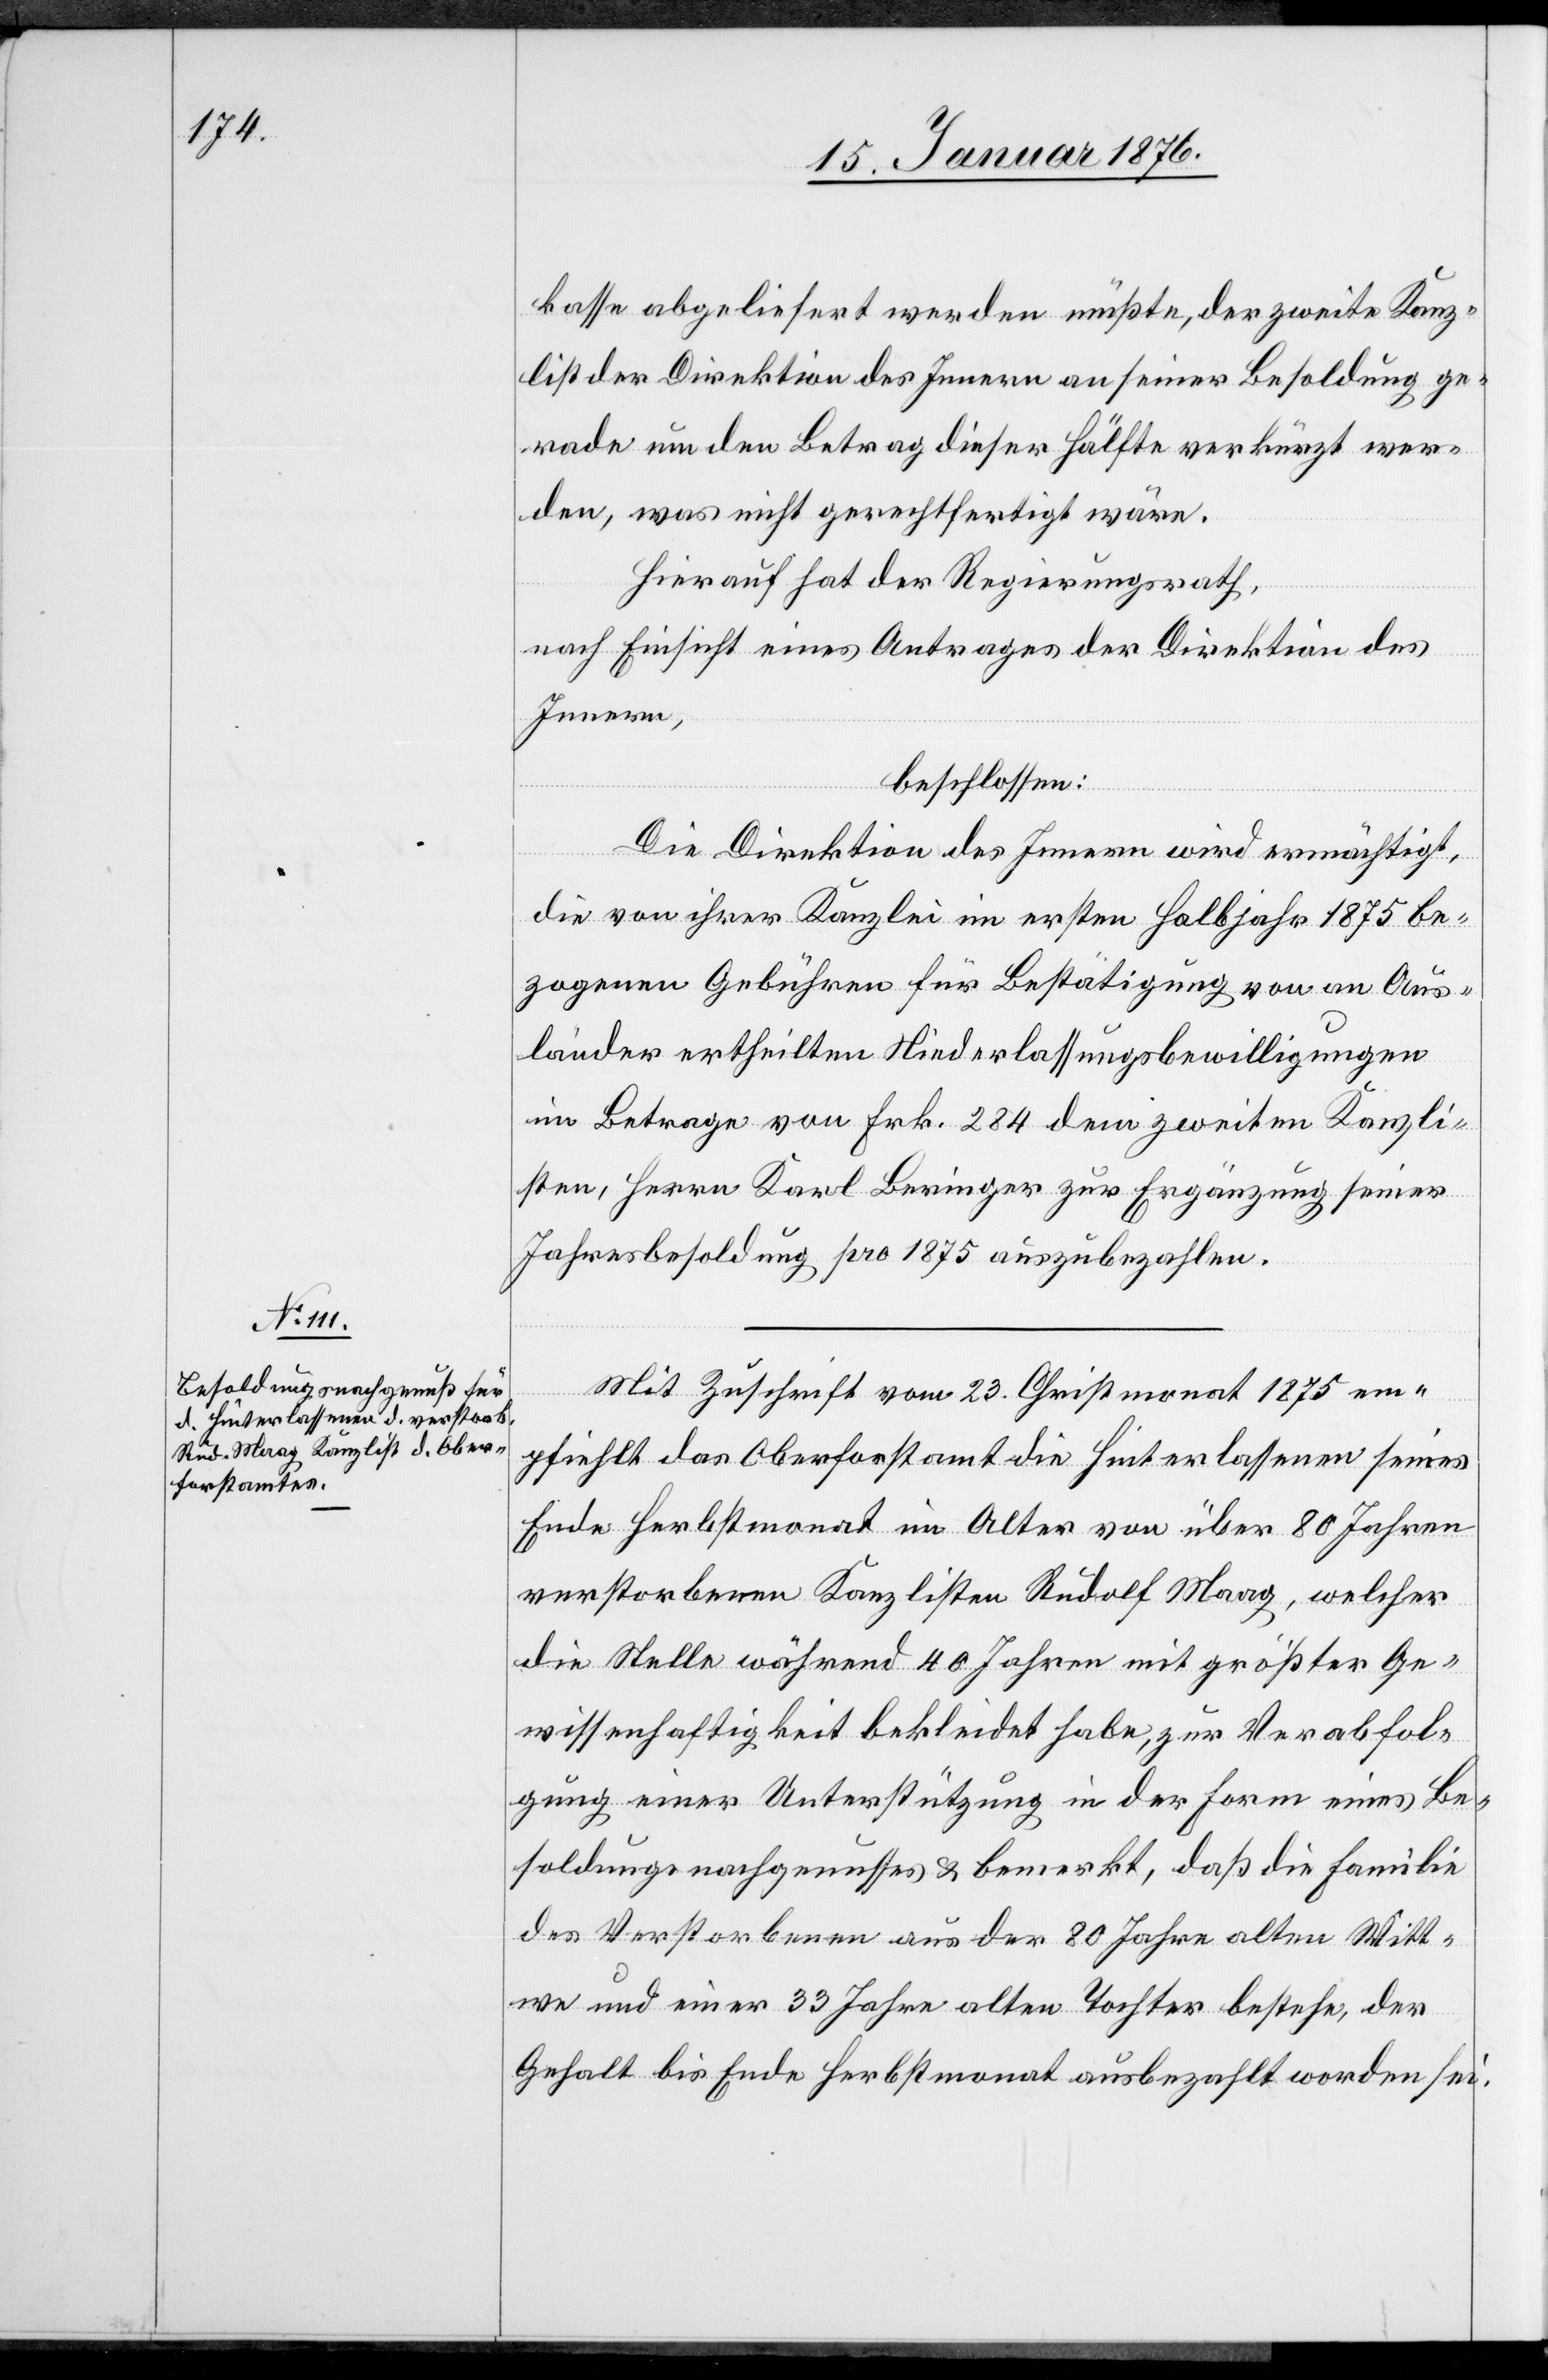
kasse abgeliefert werden müßte, der zweite Kanz¬
list der Direktion des Innern an seiner Besoldung ge¬
rade um den Betrag dieser Hälfte verkürzt wer¬
den, was nicht gerechtfertigt wäre.
Hierauf hat der Regierungsrath,
nach Einsicht eines Antrages der Direktion des
Innern,
beschlossen:
Die Direktion des Innern wird ermächtigt,
die von ihrer Kanzlei im ersten Halbjahr 1875 be¬
zogenen Gebühren für Bestätigung von an Aus¬
länder ertheilten Niederlassungsbewilligungen
im Betrag von Frk. 284 dem zweiten Kanzli¬
sten, Herrn Karl Beringen zur Ergänzung seiner
Jahresbesoldung pro 1875 auszubezahlen.
Mit Zuschrift vom 23. Christmonat 1875 em¬
pfiehlt das Oberforstamt die Hinterlassenen seines
Ende Herbstmonat im Alter von über 80 Jahren
verstorbenen Kanzlisten Rudolf Maag, welcher
die Stelle während 40 Jahren mit größter Ge¬
wissenhaftigkeit bekleidet habe, zur Verabfol¬
gung einer Unterstützung in der Form eines Be¬
soldungsnachgenusses u. bemerkt, daß die Familie
des Verstorbenen aus der 80 Jahre alten Witt¬
we und einer 33 Jahre alten Tochter bestehe, der
Gehalt bis Ende Herbstmonat ausbezahlt worden sei.